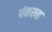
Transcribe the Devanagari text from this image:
पंकरुह